Madras plague regulations and rules - Volume 1
Disease focus: Plague
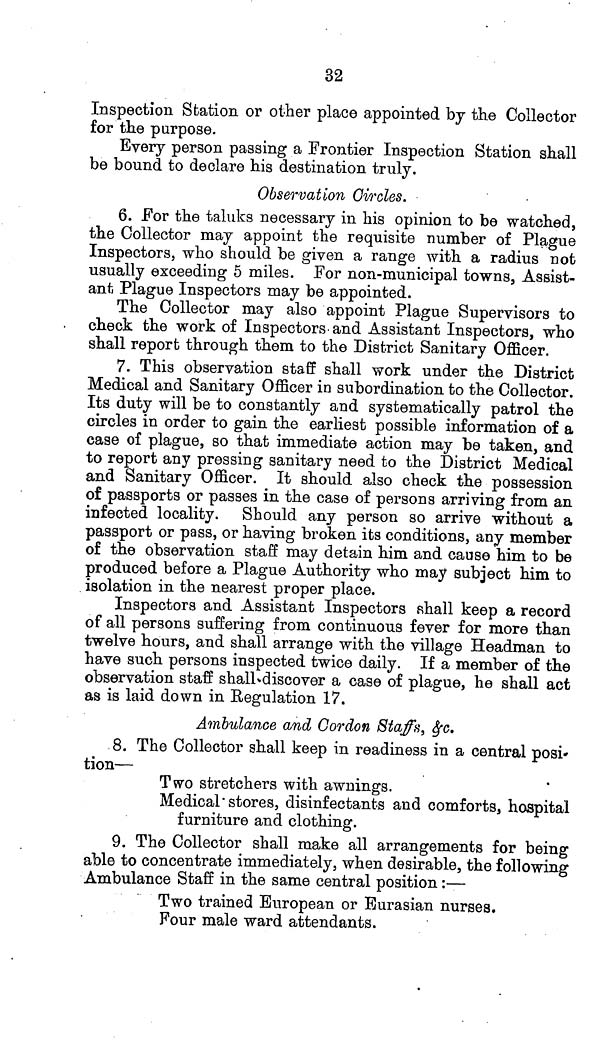
32
Inspection Station or other place appointed by the Collector
for the purpose.
Every person passing a Frontier Inspection Station shall
be bound to declare his destination truly.
Observation Circles.
6. For the taluks necessary in his opinion to be watched,
the Collector may appoint the requisite number of Plague
Inspectors, who should be given a range with a radius not
usually exceeding 5 miles. For non-municipal towns, Assist-
ant Plague Inspectors may be appointed.
The Collector may also appoint Plague Supervisors to
check the work of Inspectors and Assistant Inspectors, who
shall report through them to the District Sanitary Officer.
7. This observation staff shall work under the District
Medical and Sanitary Officer in subordination to the Collector.
Its duty will be to constantly and systematically patrol the
circles in order to gain the earliest possible information of a
case of plague, so that immediate action may be taken, and
to report any pressing sanitary need to the District Medical
and Sanitary Officer. It should also check the possession
of passports or passes in the case of persons arriving from an
infected locality. Should any person so arrive without a
passport or pass, or having broken its conditions, any member
of the observation staff may detain him and cause him to be
produced before a Plague Authority who may subject him to
isolation in the nearest proper place.
Inspectors and Assistant Inspectors shall keep a record
of all persons suffering from continuous fever for more than
twelve hours, and shall arrange with the village Headman to
have such persons inspected twice daily. If a member of the
observation staff shall discover a case of plague, he shall act
as is laid down in Regulation 17.
Ambulance and Cordon Staffs, &c.
8. The Collector shall keep in readiness in a central posi-
tion—
Two stretchers with awnings.
Medical stores, disinfectants and comforts, hospital
furniture and clothing.
9. The Collector shall make all arrangements for being
able to concentrate immediately, when desirable, the following
Ambulance Staff in the same central position :—
Two trained European or Eurasian nurses.
Four male ward attendants.